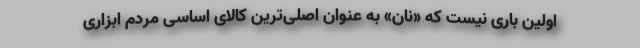
اولین باری نیست که «نان» به عنوان اصلی‌ترین کالای اساسی مردم ابزاری